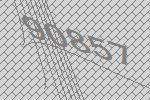
90857